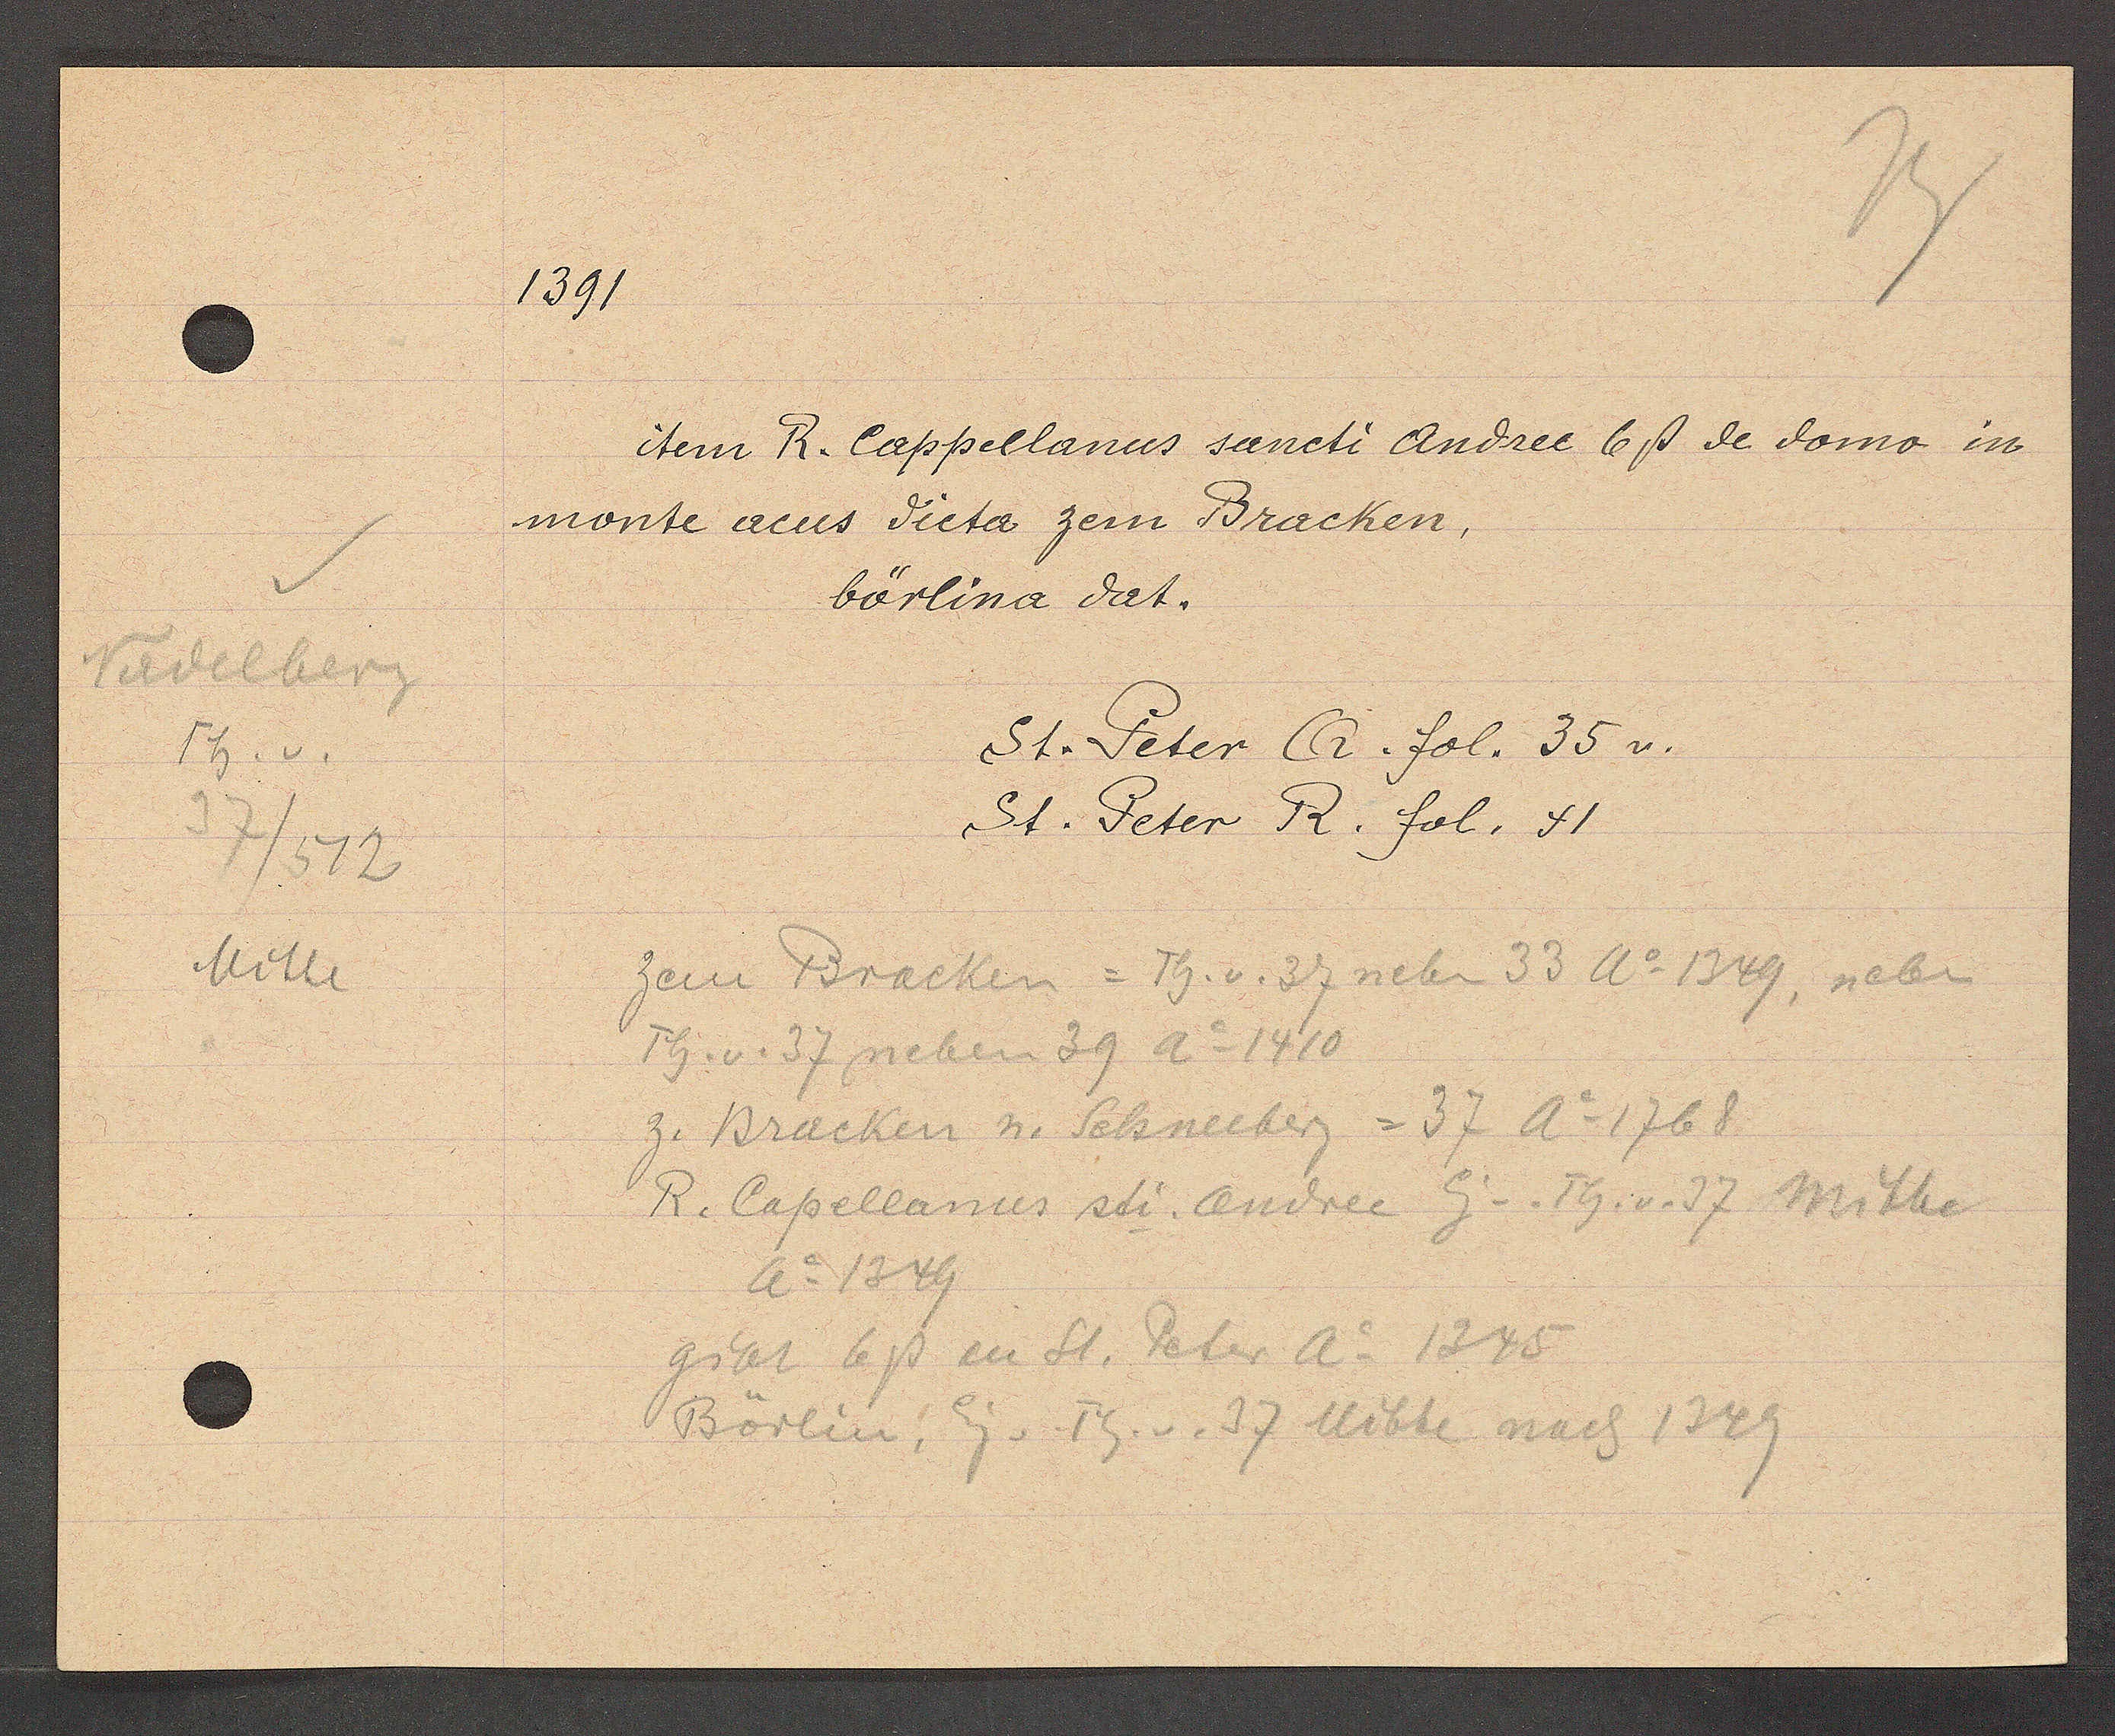
Transcript:
Nadelberg
Th. v.
37/572
Mitte

1391

item R. Cappellanus sancti Andree 6ß de domo in
monte acus dicta zem Bracken,
börlina dat.

St. Peter CG. fol. 35 v.
St. Peter R. fol. 41

zem Bracken = Th. v. 37 neben 33 Ao 1349, neben
Th. v. 37 neben 39 Ao 1410
z. Bracken u. Schneeberg = 37 Ao 1768
R. Capellanus sti. andree Eig v. Th. v. 37 Mitte
Ao 1349
gibt 6ß an St. Peter Ao 1345
Börlin, Eig v. Th. v. 37 Mitte nach 1349